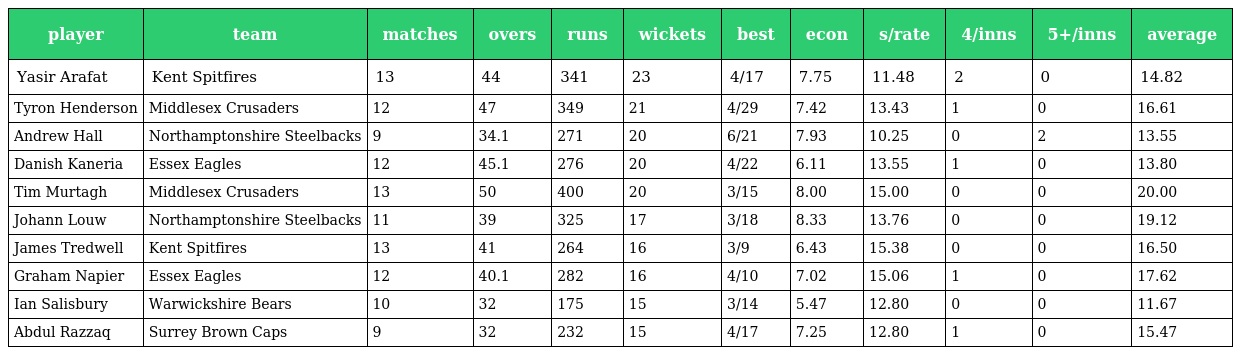
| player | team | matches | overs | runs | wickets | best | econ | s/rate | 4/inns | 5+/inns | average |
 | --- | --- | --- | --- | --- | --- | --- | --- | --- | --- | --- | --- |
 | Yasir Arafat | Kent Spitfires | 13 | 44 | 341 | 23 | 4/17 | 7.75 | 11.48 | 2 | 0 | 14.82 |
 | Tyron Henderson | Middlesex Crusaders | 12 | 47 | 349 | 21 | 4/29 | 7.42 | 13.43 | 1 | 0 | 16.61 |
 | Andrew Hall | Northamptonshire Steelbacks | 9 | 34.1 | 271 | 20 | 6/21 | 7.93 | 10.25 | 0 | 2 | 13.55 |
 | Danish Kaneria | Essex Eagles | 12 | 45.1 | 276 | 20 | 4/22 | 6.11 | 13.55 | 1 | 0 | 13.80 |
 | Tim Murtagh | Middlesex Crusaders | 13 | 50 | 400 | 20 | 3/15 | 8.00 | 15.00 | 0 | 0 | 20.00 |
 | Johann Louw | Northamptonshire Steelbacks | 11 | 39 | 325 | 17 | 3/18 | 8.33 | 13.76 | 0 | 0 | 19.12 |
 | James Tredwell | Kent Spitfires | 13 | 41 | 264 | 16 | 3/9 | 6.43 | 15.38 | 0 | 0 | 16.50 |
 | Graham Napier | Essex Eagles | 12 | 40.1 | 282 | 16 | 4/10 | 7.02 | 15.06 | 1 | 0 | 17.62 |
 | Ian Salisbury | Warwickshire Bears | 10 | 32 | 175 | 15 | 3/14 | 5.47 | 12.80 | 0 | 0 | 11.67 |
 | Abdul Razzaq | Surrey Brown Caps | 9 | 32 | 232 | 15 | 4/17 | 7.25 | 12.80 | 1 | 0 | 15.47 |